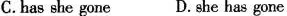
C.has she gone D.she has gone